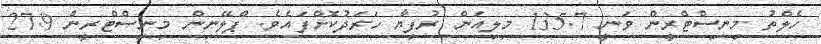
ހެލްތު މިނިސްޓްރީން ވަނީ 135.7 މިލިއަން ރުފިޔާ ހަރަދުކޮށްފައެވެ. ޕްލޭނިން މިނިސްޓްރީން 27.9